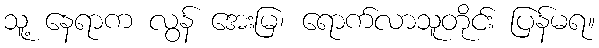
သူ့ နေရာက လွန် အေးမြ၊ ရောက်လာသူတိုင်း ပြန်မရ။